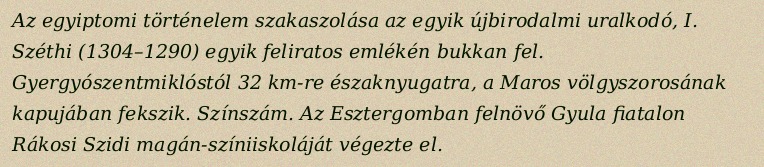
Az egyiptomi történelem szakaszolása az egyik újbirodalmi uralkodó, I. Széthi (1304–1290) egyik feliratos emlékén bukkan fel. Gyergyószentmiklóstól 32 km-re északnyugatra, a Maros völgyszorosának kapujában fekszik. Színszám. Az Esztergomban felnövő Gyula fiatalon Rákosi Szidi magán-színiiskoláját végezte el.